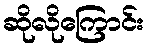
ဆိုလိုကြောင်း